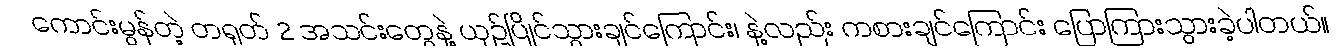
ကောင်းမွန်တဲ့ တရုတ် 2 အသင်းတွေနဲ့ ယှဥ်ပြိုင်သွားချင်ကြောင်း၊ နဲ့လည်း ကစားချင်ကြောင်း ပြောကြားသွားခဲ့ပါတယ်။